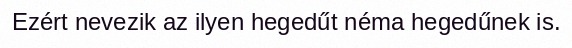
Ezért nevezik az ilyen hegedűt néma hegedűnek is.